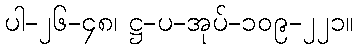
ပါ-၂၆-၄၈၊ ဋ္ဌ-ပ-အုပ်-၁၀၉-၂၂၁။